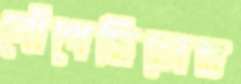
ঝেঁপেছিলেম